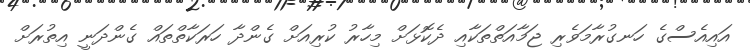
އައިއެސްގެ ހަނގުރާމަވެރި ޖަމާއަތްތަކާއި ދެކޮޅަށް މިހާރު ކުރިއަށް ގެންދާ ހަރަކާތްތައް ގެންދަނީ އިތުރަށް